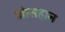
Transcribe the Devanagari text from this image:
प्रोत्सहान